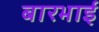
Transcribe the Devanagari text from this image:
बारभाई